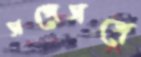
সঙ্গেসঙ্গে